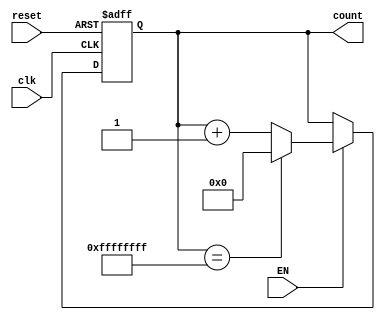
`timescale 1ns / 1ps

module counter(
    input EN,
    input clk,
    input reset,
    output reg [31:0] count
    );

    initial count <= 0;
    
    always@(posedge clk or posedge reset) begin
        if(reset)
            count <= 0;
        else if(EN) begin
            if (count == 32'hffffffff)
                count <= 0;
            else 
                count <= count + 1;
        end
    end
endmodule